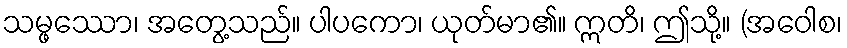
သမ္ဖဿော၊ အတွေ့သည်။ ပါပကော၊ ယုတ်မာ၏။ ဣတိ၊ ဤသို့။ (အဝေါစ၊